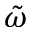
\tilde { \omega }